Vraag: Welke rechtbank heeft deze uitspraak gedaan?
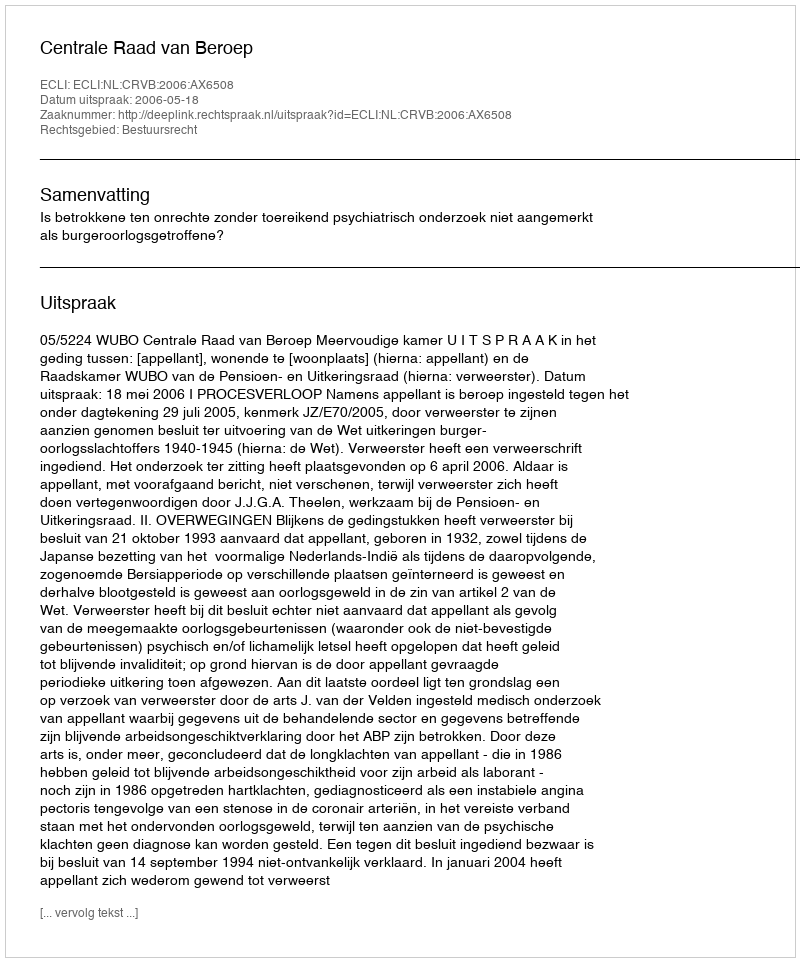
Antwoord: Centrale Raad van Beroep